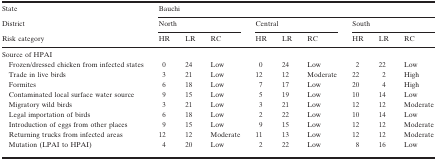
<table><thead><tr><td><b>State</b></td><td colspan="9"><b>Bauchi</b></td></tr><tr><td><b>District</b></td><td colspan="3"><b>North</b></td><td colspan="3"><b>Central</b></td><td colspan="3"><b>South</b></td></tr><tr><td><b>Risk category</b></td><td><b>HR</b></td><td><b>LR</b></td><td><b>RC</b></td><td><b>HR</b></td><td><b>LR</b></td><td><b>RC</b></td><td><b>HR</b></td><td><b>LR</b></td><td><b>RC</b></td></tr></thead><tbody><tr><td colspan="10">Source of HPAI</td></tr><tr><td>Frozen/dressed chicken from infected states</td><td>0</td><td>24</td><td>Low</td><td>0</td><td>24</td><td>Low</td><td>2</td><td>22</td><td>Low</td></tr><tr><td>Trade in live birds</td><td>3</td><td>21</td><td>Low</td><td>12</td><td>12</td><td>Moderate</td><td>22</td><td>2</td><td>High</td></tr><tr><td>Formites</td><td>6</td><td>18</td><td>Low</td><td>7</td><td>17</td><td>Low</td><td>20</td><td>4</td><td>High</td></tr><tr><td>Contaminated local surface water source</td><td>9</td><td>15</td><td>Low</td><td>5</td><td>19</td><td>Low</td><td>10</td><td>14</td><td>Low</td></tr><tr><td>Migratory wild birds</td><td>3</td><td>21</td><td>Low</td><td>3</td><td>21</td><td>Low</td><td>12</td><td>12</td><td>Moderate</td></tr><tr><td>Legal importation of birds</td><td>6</td><td>18</td><td>Low</td><td>2</td><td>22</td><td>Low</td><td>10</td><td>14</td><td>Low</td></tr><tr><td>Introduction of eggs from other places</td><td>9</td><td>15</td><td>Low</td><td>9</td><td>15</td><td>Low</td><td>12</td><td>12</td><td>Moderate</td></tr><tr><td>Returning trucks from infected areas</td><td>12</td><td>12</td><td>Moderate</td><td>11</td><td>13</td><td>Low</td><td>12</td><td>12</td><td>Moderate</td></tr><tr><td>Mutation (LPAI to HPAI)</td><td>4</td><td>20</td><td>Low</td><td>2</td><td>22</td><td>Low</td><td>8</td><td>16</td><td>Low</td></tr></tbody></table>